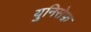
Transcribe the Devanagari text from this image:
युनिसेफ़